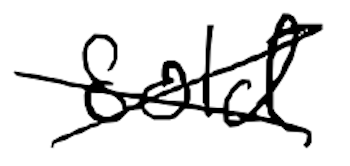
Text: sold
Cross-out: cross
Writing tool: digital_black